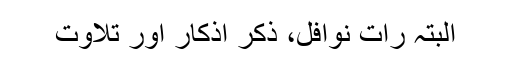
البتہ رات نوافل، ذکر اذکار اور تلاوت